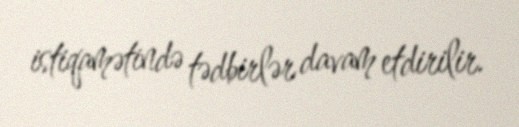
istiqamətində tədbirlər davam etdirilir.